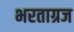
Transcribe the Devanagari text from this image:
भरताग्रज